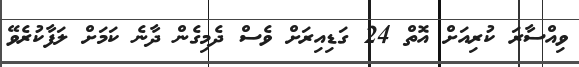
ވިއްސާރަ ކުރިއަށް އޮތް 24 ގަޑިއިރަށް ވެސް ދެމިގެން ދާނެ ކަމަށް ލަފާކުރެވޭ